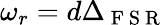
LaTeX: \omega_{r}=d\Delta_{\mathrm{~F~S~R~}}